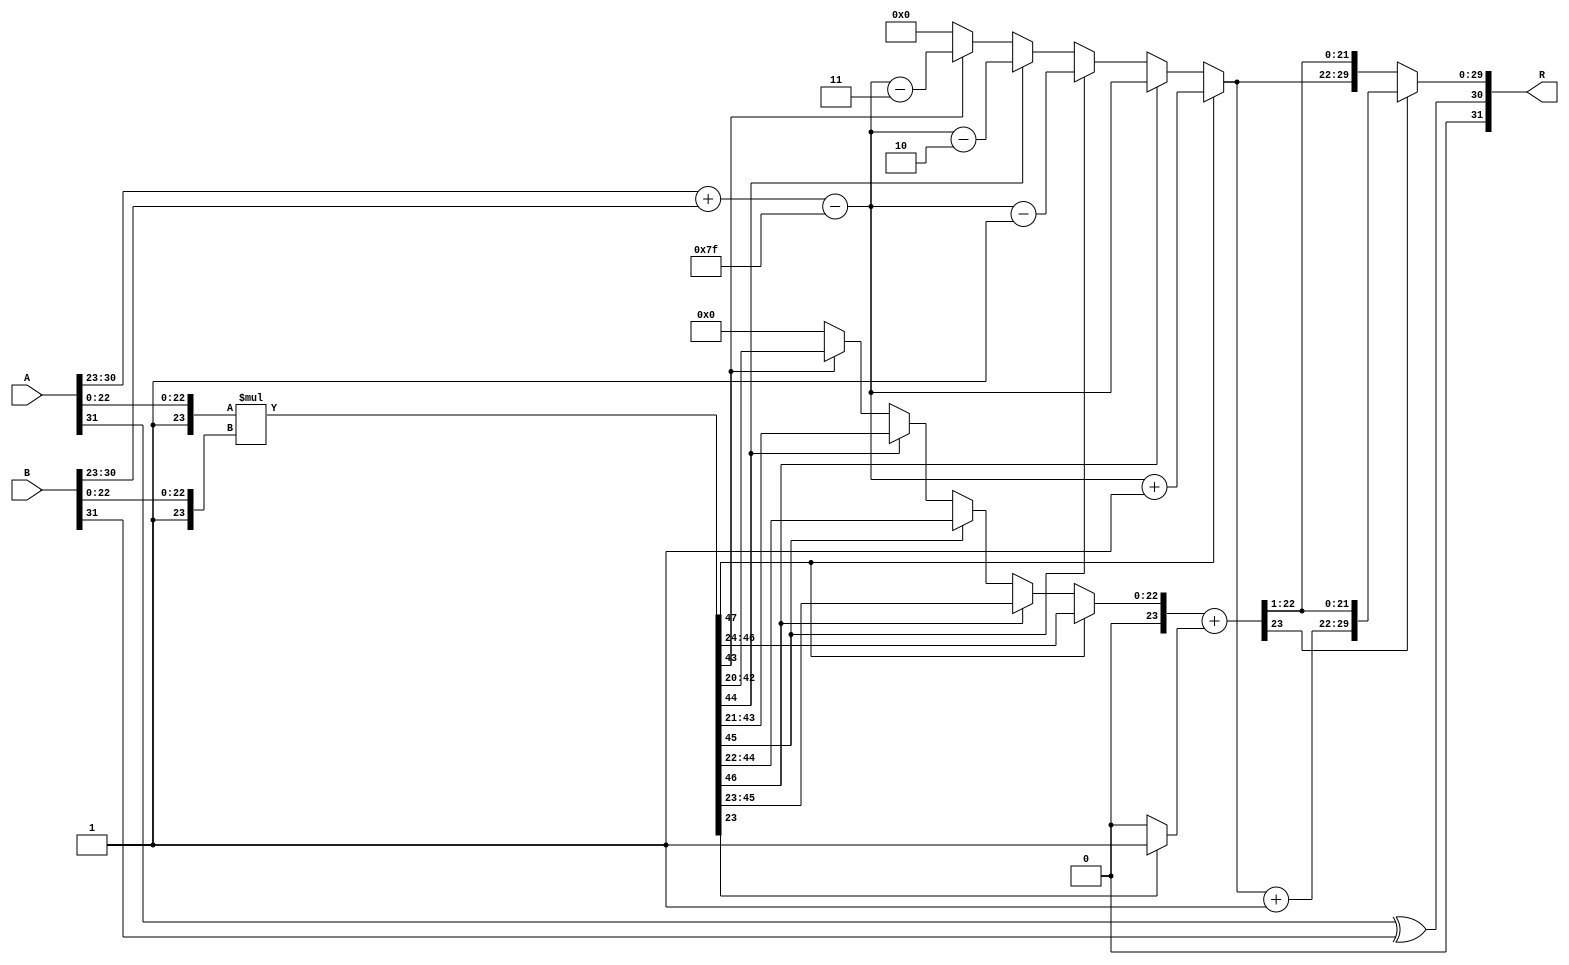
module floating_point_multiplier (
    input  wire [31:0] A, // First floating-point input
    input  wire [31:0] B, // Second floating-point input
    output reg  [31:0] R  // Resulting floating-point output
);

    // Constants
    localparam BIAS = 8'd127;
    localparam MANTISSA_BITS = 23;

    // Decompose inputs
    wire S_A = A[31]; // Sign bit of A
    wire [7:0] E_A = A[30:23]; // Exponent of A
    wire [22:0] M_A = A[22:0]; // Mantissa of A

    wire S_B = B[31]; // Sign bit of B
    wire [7:0] E_B = B[30:23]; // Exponent of B
    wire [22:0] M_B = B[22:0]; // Mantissa of B

    // Sign calculation
    wire S_R = S_A ^ S_B; // Result sign

    // Exponent calculation
    wire [8:0] E_R_temp = {1'b0, E_A} + {1'b0, E_B} - BIAS; // Temporary exponent
    wire [7:0] E_R = E_R_temp[7:0]; // Result exponent

    // Mantissa calculation (with implicit leading 1)
    wire [23:0] M_A_prime = {1'b1, M_A}; // 1.M_A
    wire [23:0] M_B_prime = {1'b1, M_B}; // 1.M_B
    wire [47:0] P = M_A_prime * M_B_prime; // Product of mantissas

    // Normalization
    reg [23:0] M_R;
    reg [7:0] E_R_final;
    reg [47:0] P_shifted;
    reg [4:0] shift_count;

    always @(*) begin
        // Default values
        M_R = 0;
        E_R_final = 0;
        P_shifted = P;
        shift_count = 0;

        // Check for normalization
        if (P[47]) begin
            // Already normalized
            M_R = P[46:24]; // Take the top 23 bits
            E_R_final = E_R + 1; // Increment exponent
        end else if (P[46]) begin
            // Shift right by 1
            M_R = P[45:23];
            E_R_final = E_R;
        end else if (P[45]) begin
            // Shift right by 2
            M_R = P[44:22];
            E_R_final = E_R - 1;
        end else if (P[44]) begin
            // Shift right by 3
            M_R = P[43:21];
            E_R_final = E_R - 2;
        end else if (P[43]) begin
            // Shift right by 4
            M_R = P[42:20];
            E_R_final = E_R - 3;
        end else begin
            // Denormalized or zero case
            M_R = 0;
            E_R_final = 0;
        end
    end

    // Rounding (round to nearest even)
    wire [22:0] M_R_rounded;
    wire round_bit = P[23]; // Bit to determine rounding
    wire [23:0] M_R_temp = M_R + (round_bit ? 1 : 0); // Add rounding bit

    always @(*) begin
        if (M_R_temp[23]) begin
            // If rounding causes overflow
            R = {S_R, E_R_final + 1'b1, M_R_temp[22:1]}; // Increment exponent
        end else begin
            R = {S_R, E_R_final, M_R_temp[22:1]}; // Pack result
        end
    end

endmodule